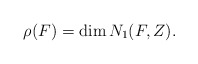
\begin{align*}\rho(F) =\dim N_1(F,Z).\end{align*}